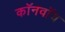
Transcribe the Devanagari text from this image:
कॉनवॉय